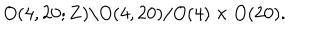
O ( 4 , 2 0 ; { \bf Z } ) \backslash O ( 4 , 2 0 ) / O ( 4 ) \times O ( 2 0 ) .